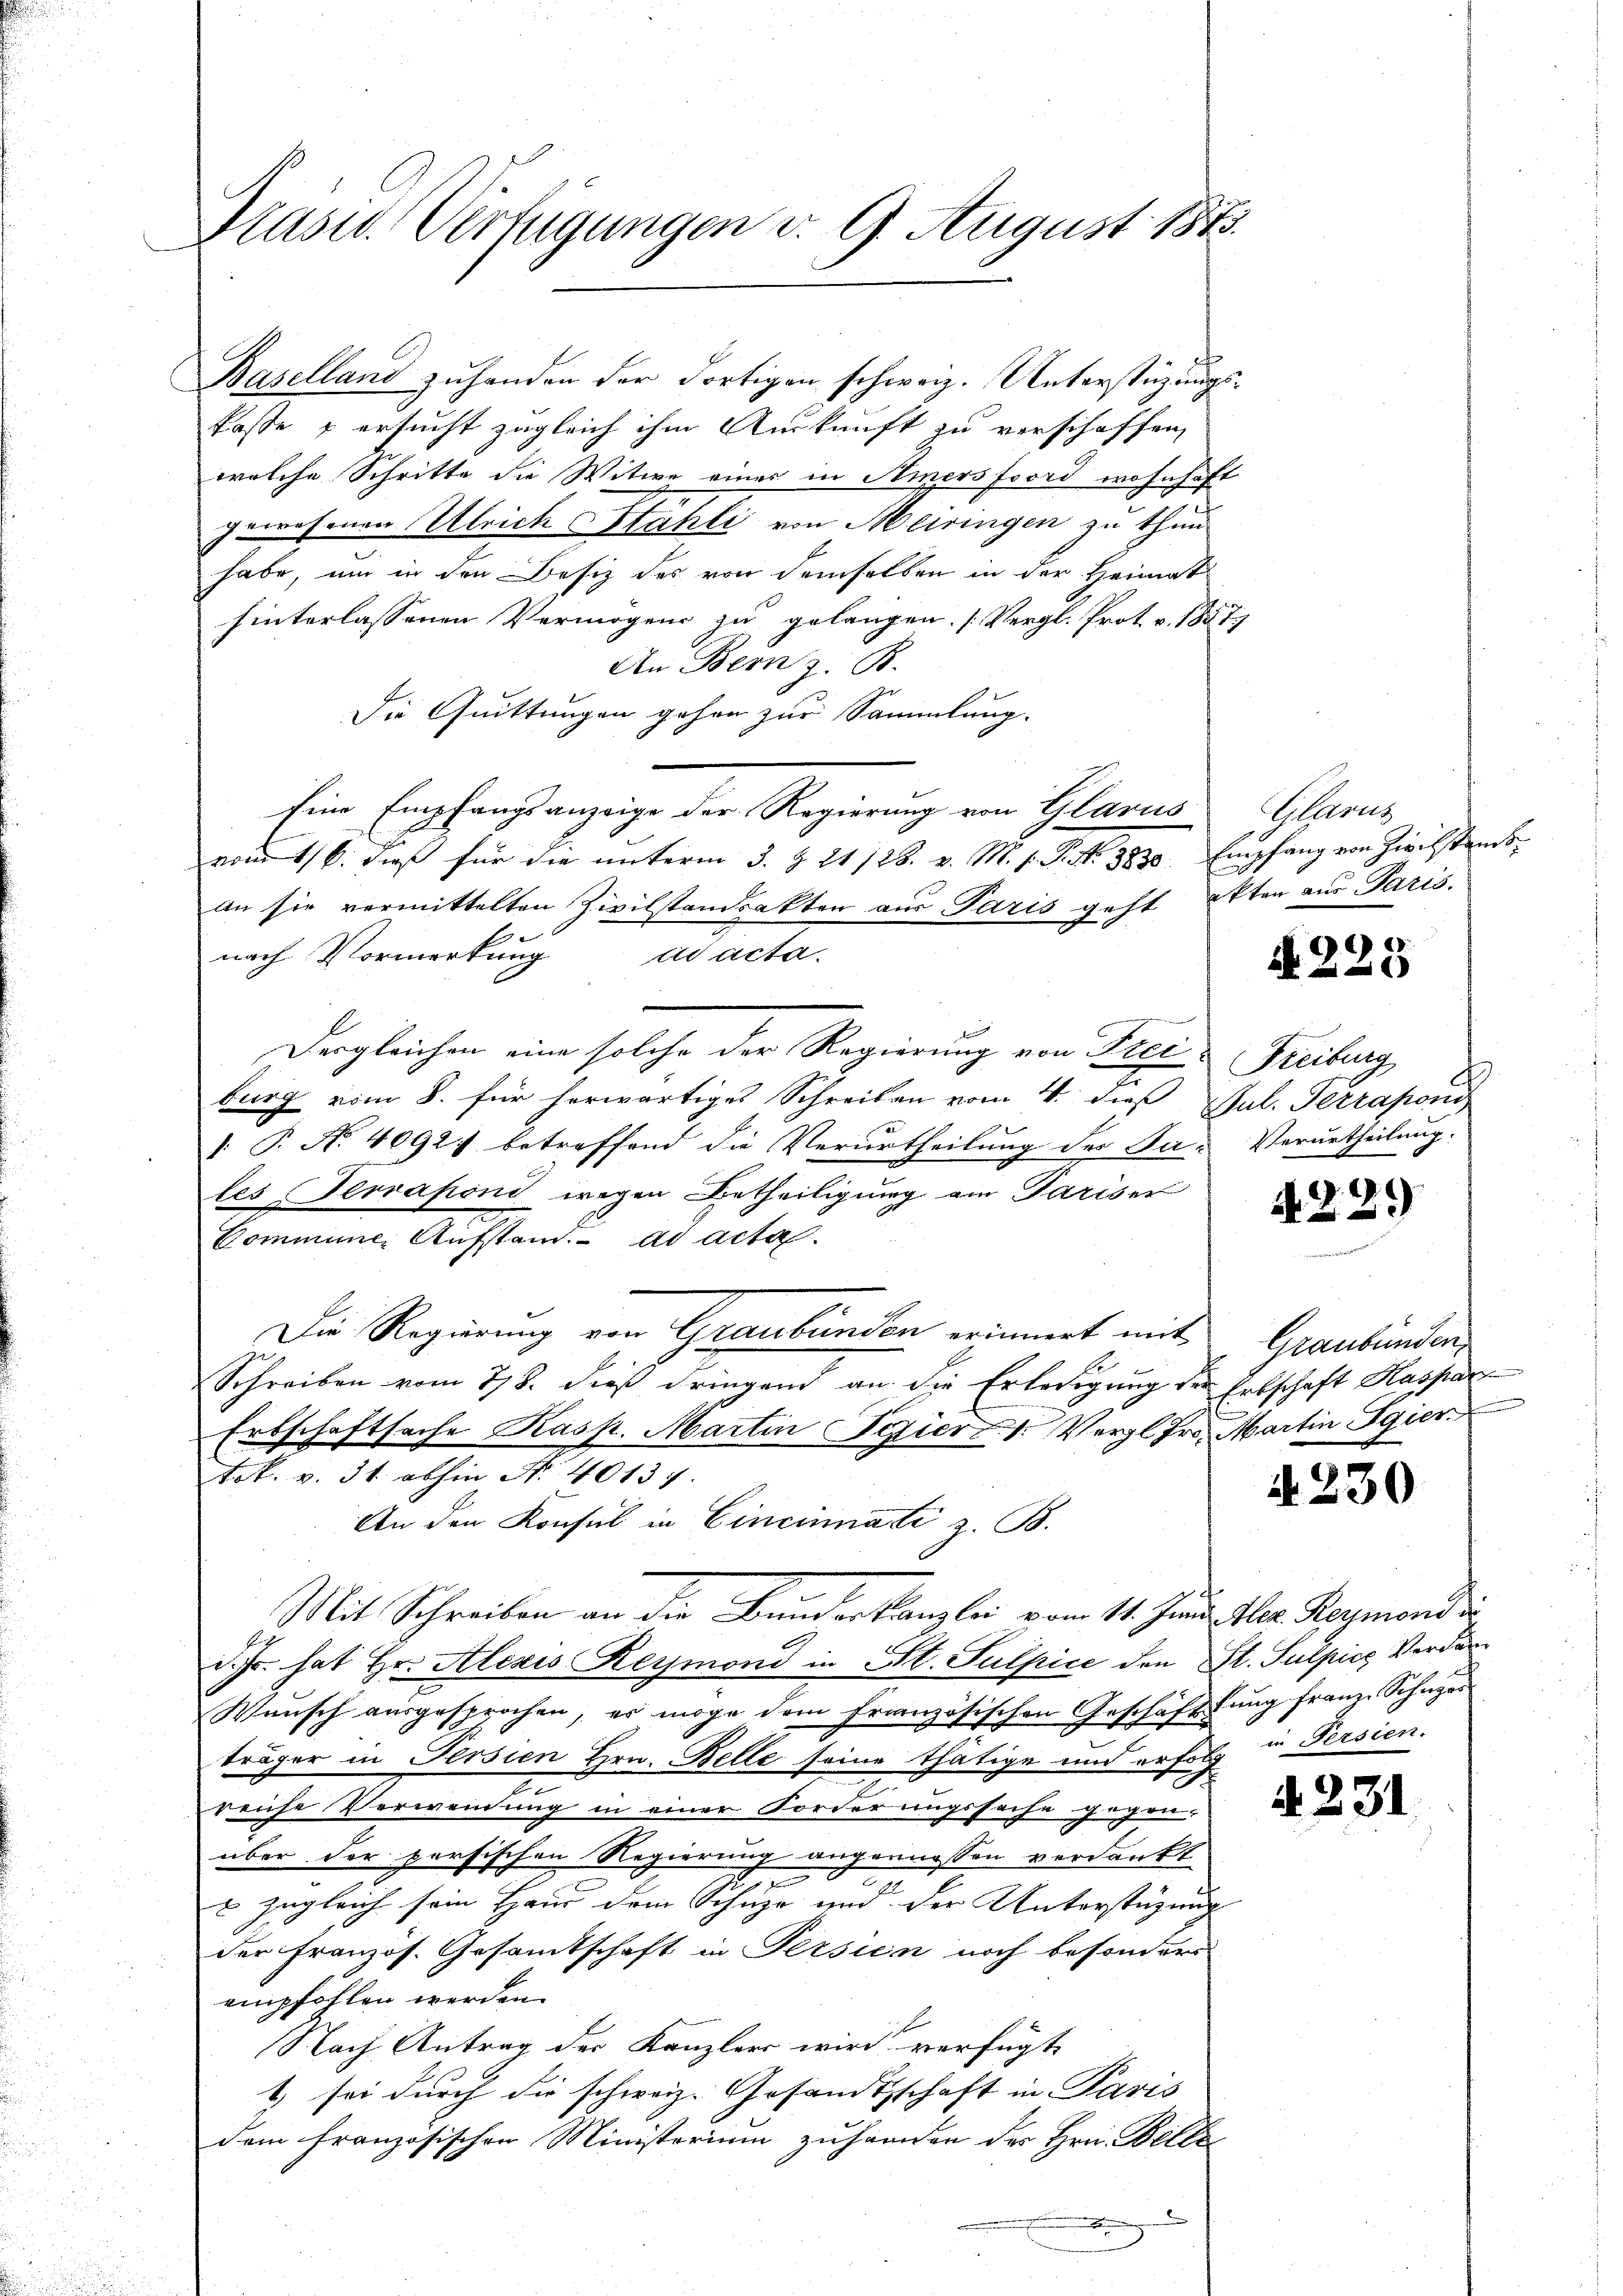
Präsid. Verfügungen v. 9. August 1873.

Baselland zuhanden der dortigen schweiz. Unterstüzungsfoste u ersucht zugleich ihm Auskunft zu verschaffen,
welche Schritte die Witwe eines in Amers ford wohnhaft
gewesenen Ulrich Stähli von Meiringen zu thun
habe, um in den Besitz des von demselben in der Heimat
hinterlassenen Vermögens zu gelangen. (Vergl. Prot. v. 1857
An Bern z. B.
Die Quittungen gehen zur Sammlung.
Eine Empfangsanzeige der Regierung von Glarus
vom 16. dieß für die unterm 3. Z. 21/28. v. M. s. S. Nr. 1835. Empfang von Zivilstant
an sie vermittelten Zivilstandsakten aus Paris geht akten aus Paris.
nach Vormerkung ad acta.
Dergleichen eine solche der Regierung von Frei Freiburg
burg vom 8. für herwärtiges Schreiben vom 4. dieß Pul. Terrapono
: P. No. 4092) betreffend die Verurtheilung des Sa-
les Terraponi wegen Betheiligung am Pariser
Commine Aufstand. ad acta.
Die Regierung von Graubünden erinnert mit
E
Schreiben vom 778. dieß dringend an die Erledigung der Erbschaft Kaspar
Erbschaftsache Kasp. Martin Patiert 1. Vergl. Fr. Martin Egier
tot. v. 31. abhin No 40137.
An den Konsul in Cincinnati z. B.
Mit Schreiben an die Bunderkanzlei vom 14. Juni l. Reymondi
d. Js. hat Hr. Alexis Reymond in St. Sulpice den St. Sulpice Verdan
Wunsch aŭsgesprochen, es möge dem französischen Geschäftŭng franz Sohner
träger in Persien Hrn. Belle seine thätige und erfolg
2
reiche Verwendung in einer Forderungssache gegen-
über der perfischen Regierung angemessen verdankt
2
 zugleich sein Hand dem Schuhe und der Unterstüzung |
der französ. Gesammtschaft in Persien noch besonders
empfohlen werden.
Nach Antrag des Kanzlers wird verfügt
t sei durch die schweiz. Gesandtschaft in Paris
dem französischen Ministerium zu handen des Hrn. Belle
n

Hlarus

A 225

Verurtheilung.

422

Graubünden
.

A 230

in Persien.

A. 231